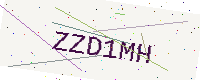
Text: ZZD1MH